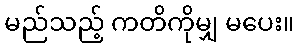
မည်သည့် ကတိကိုမျှ မပေး။